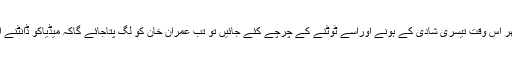
جب عمران خان اپنی چوتھی شادی رچائیں تو پھر اُس وقت تیسری شادی کے ہونے اوراِسے ٹوٹنے کے چرچے کئے جائیں تو تب عمران خان کو لگ پتاجائے گاکہ میڈیاکو ڈانٹنے اور اِسے چھاڑنے کے کیسے نتائج ہوتے ہیں..؟